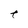
Character: t